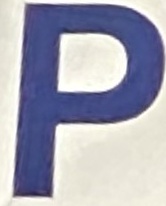
P